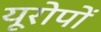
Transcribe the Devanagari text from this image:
यूरोपों